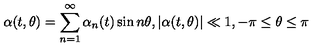
\alpha ( t , \theta ) = \sum _ { n = 1 } ^ { \infty } \alpha _ { n } ( t ) \sin n \theta , | \alpha ( t , \theta ) | \ll 1 , - \pi \leq \theta \leq \pi